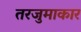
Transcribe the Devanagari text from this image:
तरजुमाकार